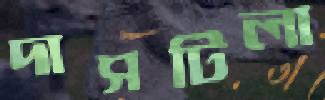
দাসটিলা